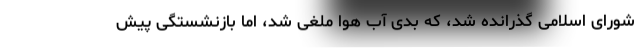
شورای اسلامی گذرانده شد، که بدی آب هوا ملغی شد، اما بازنشستگی پیش